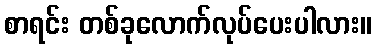
စာရင်း တစ်ခုလောက်လုပ်ပေးပါလား။